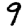
Digit: 9